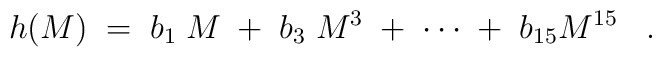
h(M) \;=\; b_1 \; M \;+\; b_3 \; M^3 \; + \; \cdots  \;+\; b_{15} M^{15} \;\;\;.